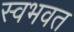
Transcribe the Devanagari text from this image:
स्वभवत